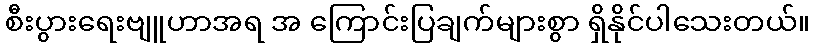
စီးပွားရေးဗျူဟာအရ အ ကြောင်းပြချက်များစွာ ရှိနိုင်ပါသေးတယ်။